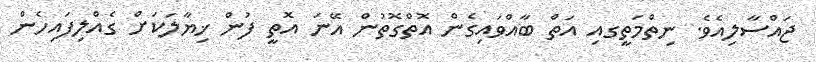
ޖައްސާލިއެވެ. ނިތްމަތީގއި އަތް ބާއްވައިގެން އޮތްގޮތުން އޭނަ އޮތީ ފުން ޚިޔާލަކަށް ގެއްލިފައިހެން